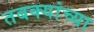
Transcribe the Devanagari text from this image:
तबक्यांच्या